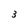
Character: 3